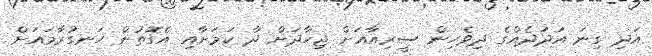
އަދި ގިނަ އަދަދެއްގެ ދިވެހިން ސީރިއާއަށް ޖިހާދަށް ދާ ކަމަށާއި އެގޮތުން ހަނގުރާމައަށް